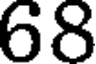
68